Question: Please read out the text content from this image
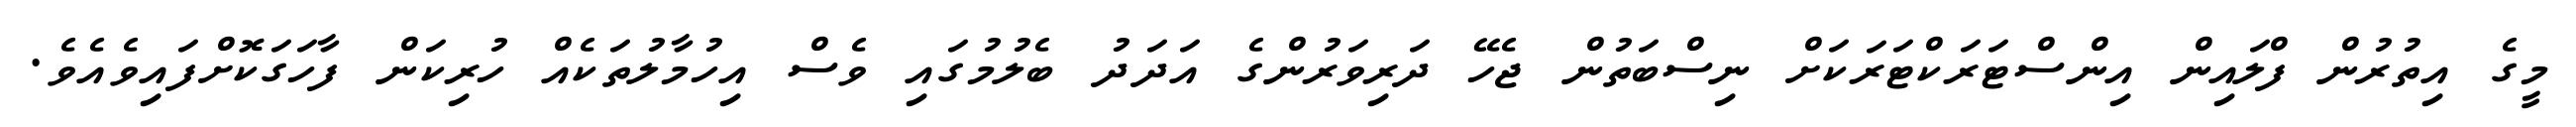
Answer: މީގެ އިތުރުން ފްލައިން އިންސްޓަރަކްޓަރަކަށް ނިސްބަތުން ޖެހޭ ދަރިވަރުންގެ އަދަދު ބެލުމުގައި ވެސް އިހުމާލުތަކެއް ހުރިކަން ފާހަގަކޮށްފައިވެއެވެ.